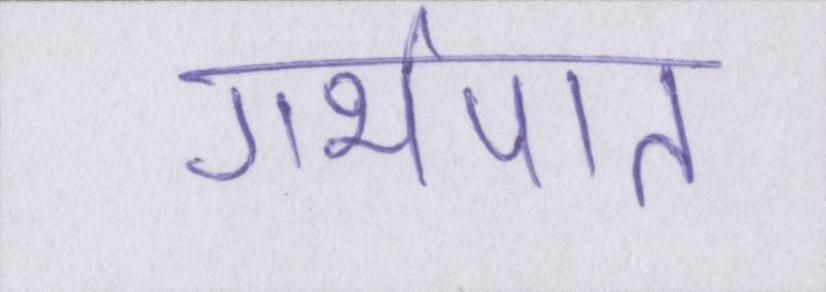
गर्भपात